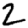
Digit: 2